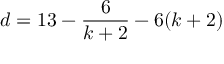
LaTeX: d = 1 3 - \frac { 6 } { k + 2 } - 6 ( k + 2 )